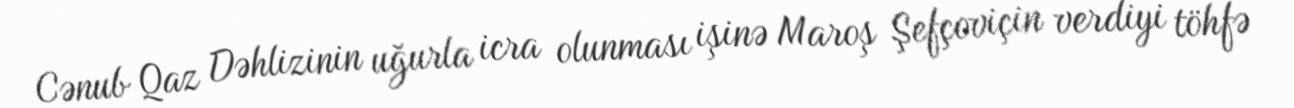
Cənub Qaz Dəhlizinin uğurla icra olunması işinə Maroş Şefçoviçin verdiyi töhfə